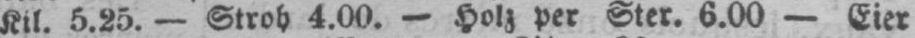
4.00. - Holz per Ster. 6.00 - Eier